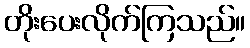
တိုးပေးလိုက်ကြသည်။